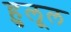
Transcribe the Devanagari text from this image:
हुलूल